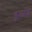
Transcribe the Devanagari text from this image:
डुलांचे